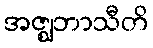
အဇ္ဈဘာသီတိ